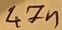
Text: 47n